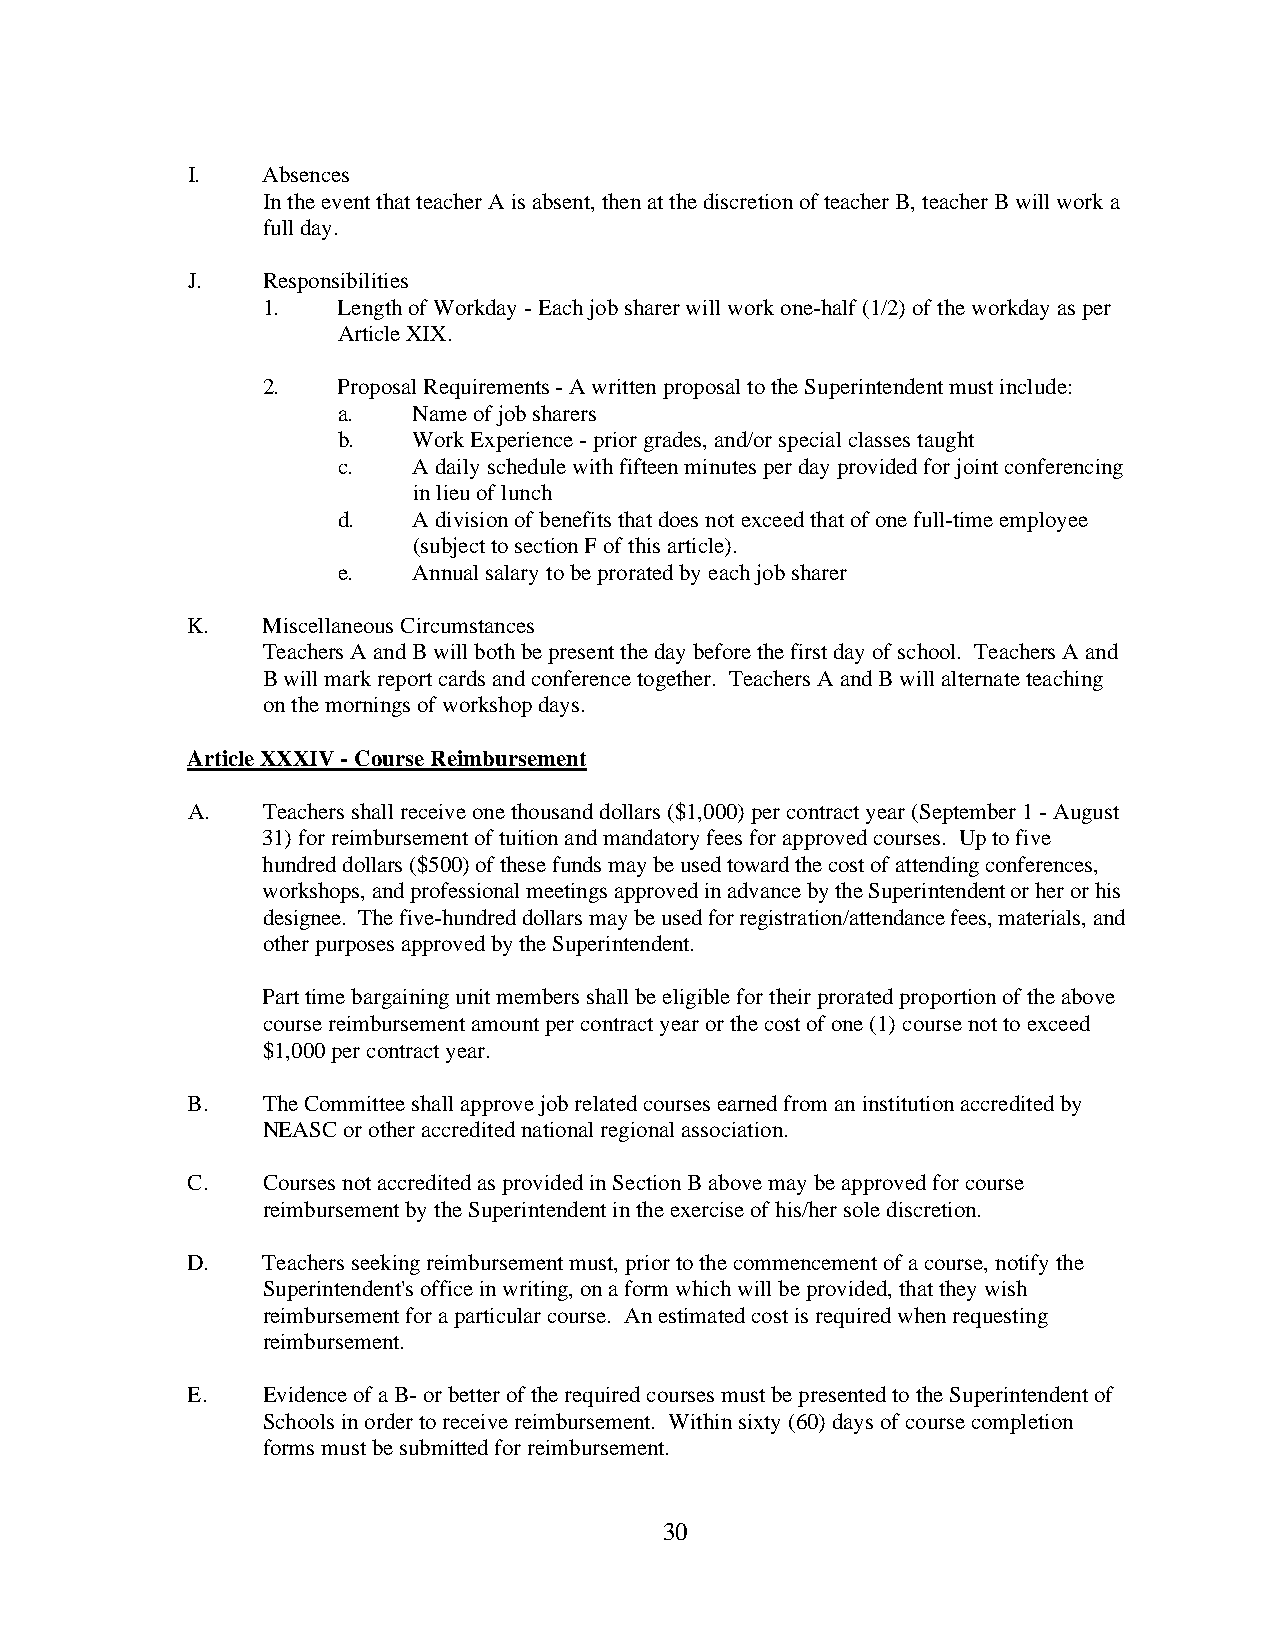
I.   Absences
 In the event that teacher A is absent, then at the discretion of teacher B, teacher B will work a
 full day.
 J.   Responsibilities
 1.   Length of Workday - Each job sharer will work one-half (1/2) of the workday as per
 Article XIX.
 2.   Proposal Requirements - A written proposal to the Superintendent must include:
 a.   Name of job sharers
 b.   Work Experience - prior grades, and/or special classes taught
 c.   A daily schedule with fifteen minutes per day provided for joint conferencing
 in lieu of lunch
 d.   A division of benefits that does not exceed that of one full-time employee
 (subject to section F of this article).
 e.   Annual salary to be prorated by each job sharer
 K.   Miscellaneous Circumstances
 Teachers A and B will both be present the day before the first day of school. Teachers A and
 B will mark report cards and conference together. Teachers A and B will alternate teaching
 on the mornings of workshop days.
 Article XXXIV - Course Reimbursement
 A.   Teachers shall receive one thousand dollars ($1,000) per contract year (September 1 - August
 31) for reimbursement of tuition and mandatory fees for approved courses. Up to five
 hundred dollars ($500) of these funds may be used toward the cost of attending conferences,
 workshops, and professional meetings approved in advance by the Superintendent or her or his
 designee. The five-hundred dollars may be used for registration/attendance fees, materials, and
 other purposes approved by the Superintendent.
 Part time bargaining unit members shall be eligible for their prorated proportion of the above
 course reimbursement amount per contract year or the cost of one (1) course not to exceed
 $1,000 per contract year.
 B.   The Committee shall approve job related courses earned from an institution accredited by
 NEASC or other accredited national regional association.
 C.   Courses not accredited as provided in Section B above may be approved for course
 reimbursement by the Superintendent in the exercise of his/her sole discretion.
 D.   Teachers seeking reimbursement must, prior to the commencement of a course, notify the
 Superintendent's office in writing, on a form which will be provided, that they wish
 reimbursement for a particular course. An estimated cost is required when requesting
 reimbursement.
 E.   Evidence of a B- or better of the required courses must be presented to the Superintendent of
 Schools in order to receive reimbursement. Within sixty (60) days of course completion
 forms must be submitted for reimbursement.
 30